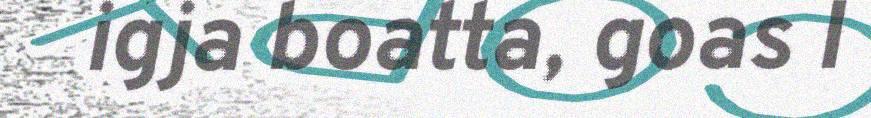
igja boatta, goas I